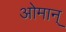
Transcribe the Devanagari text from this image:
ओमान्